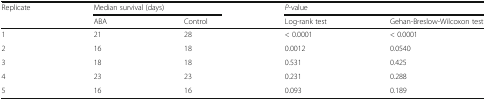
| <ROWSPAN=2> Replicate | <COLSPAN=2> Median survival (days) | <COLSPAN=2> P-value |
 | ABA | Control | Log-rank test | Gehan-Breslow-Wilcoxon test |
 | --- | --- | --- | --- | --- |
 | 1 | 21 | 28 | < 0.0001 | < 0.0001 |
 | 2 | 16 | 18 | 0.0012 | 0.0540 |
 | 3 | 18 | 18 | 0.531 | 0.425 |
 | 4 | 23 | 23 | 0.231 | 0.288 |
 | 5 | 16 | 16 | 0.093 | 0.189 |